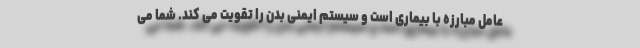
عامل مبارزه با بیماری است و سیستم ایمنی بدن را تقویت می کند. شما می